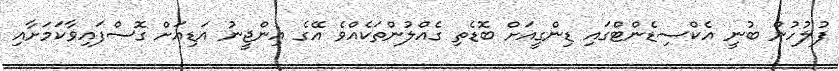
ފުލުހުން ބުނީ އެކްސިޑެންޓްގައި ޑިންގީއަށް ބޮޑެތި ގެއްލުންތަކެއްވެ އޭގެ އިންޖީނު އަޑިއަށް ގޮސްފައިވާކަމަށާއި